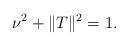
LaTeX: \begin{align*}\nu^{2}+\|T\|^{2}=1.\end{align*}